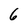
Character: 6